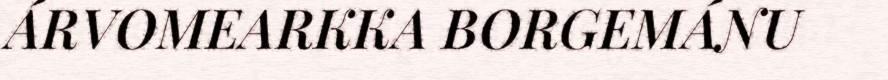
ÁRVOMEARKKA BORGEMÁNU